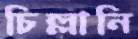
চিল্লানি